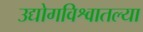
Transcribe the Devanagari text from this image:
उद्योगविश्वातल्या